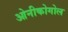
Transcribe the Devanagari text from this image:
ओनीकोगोल